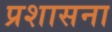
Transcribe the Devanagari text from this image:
प्रशासना